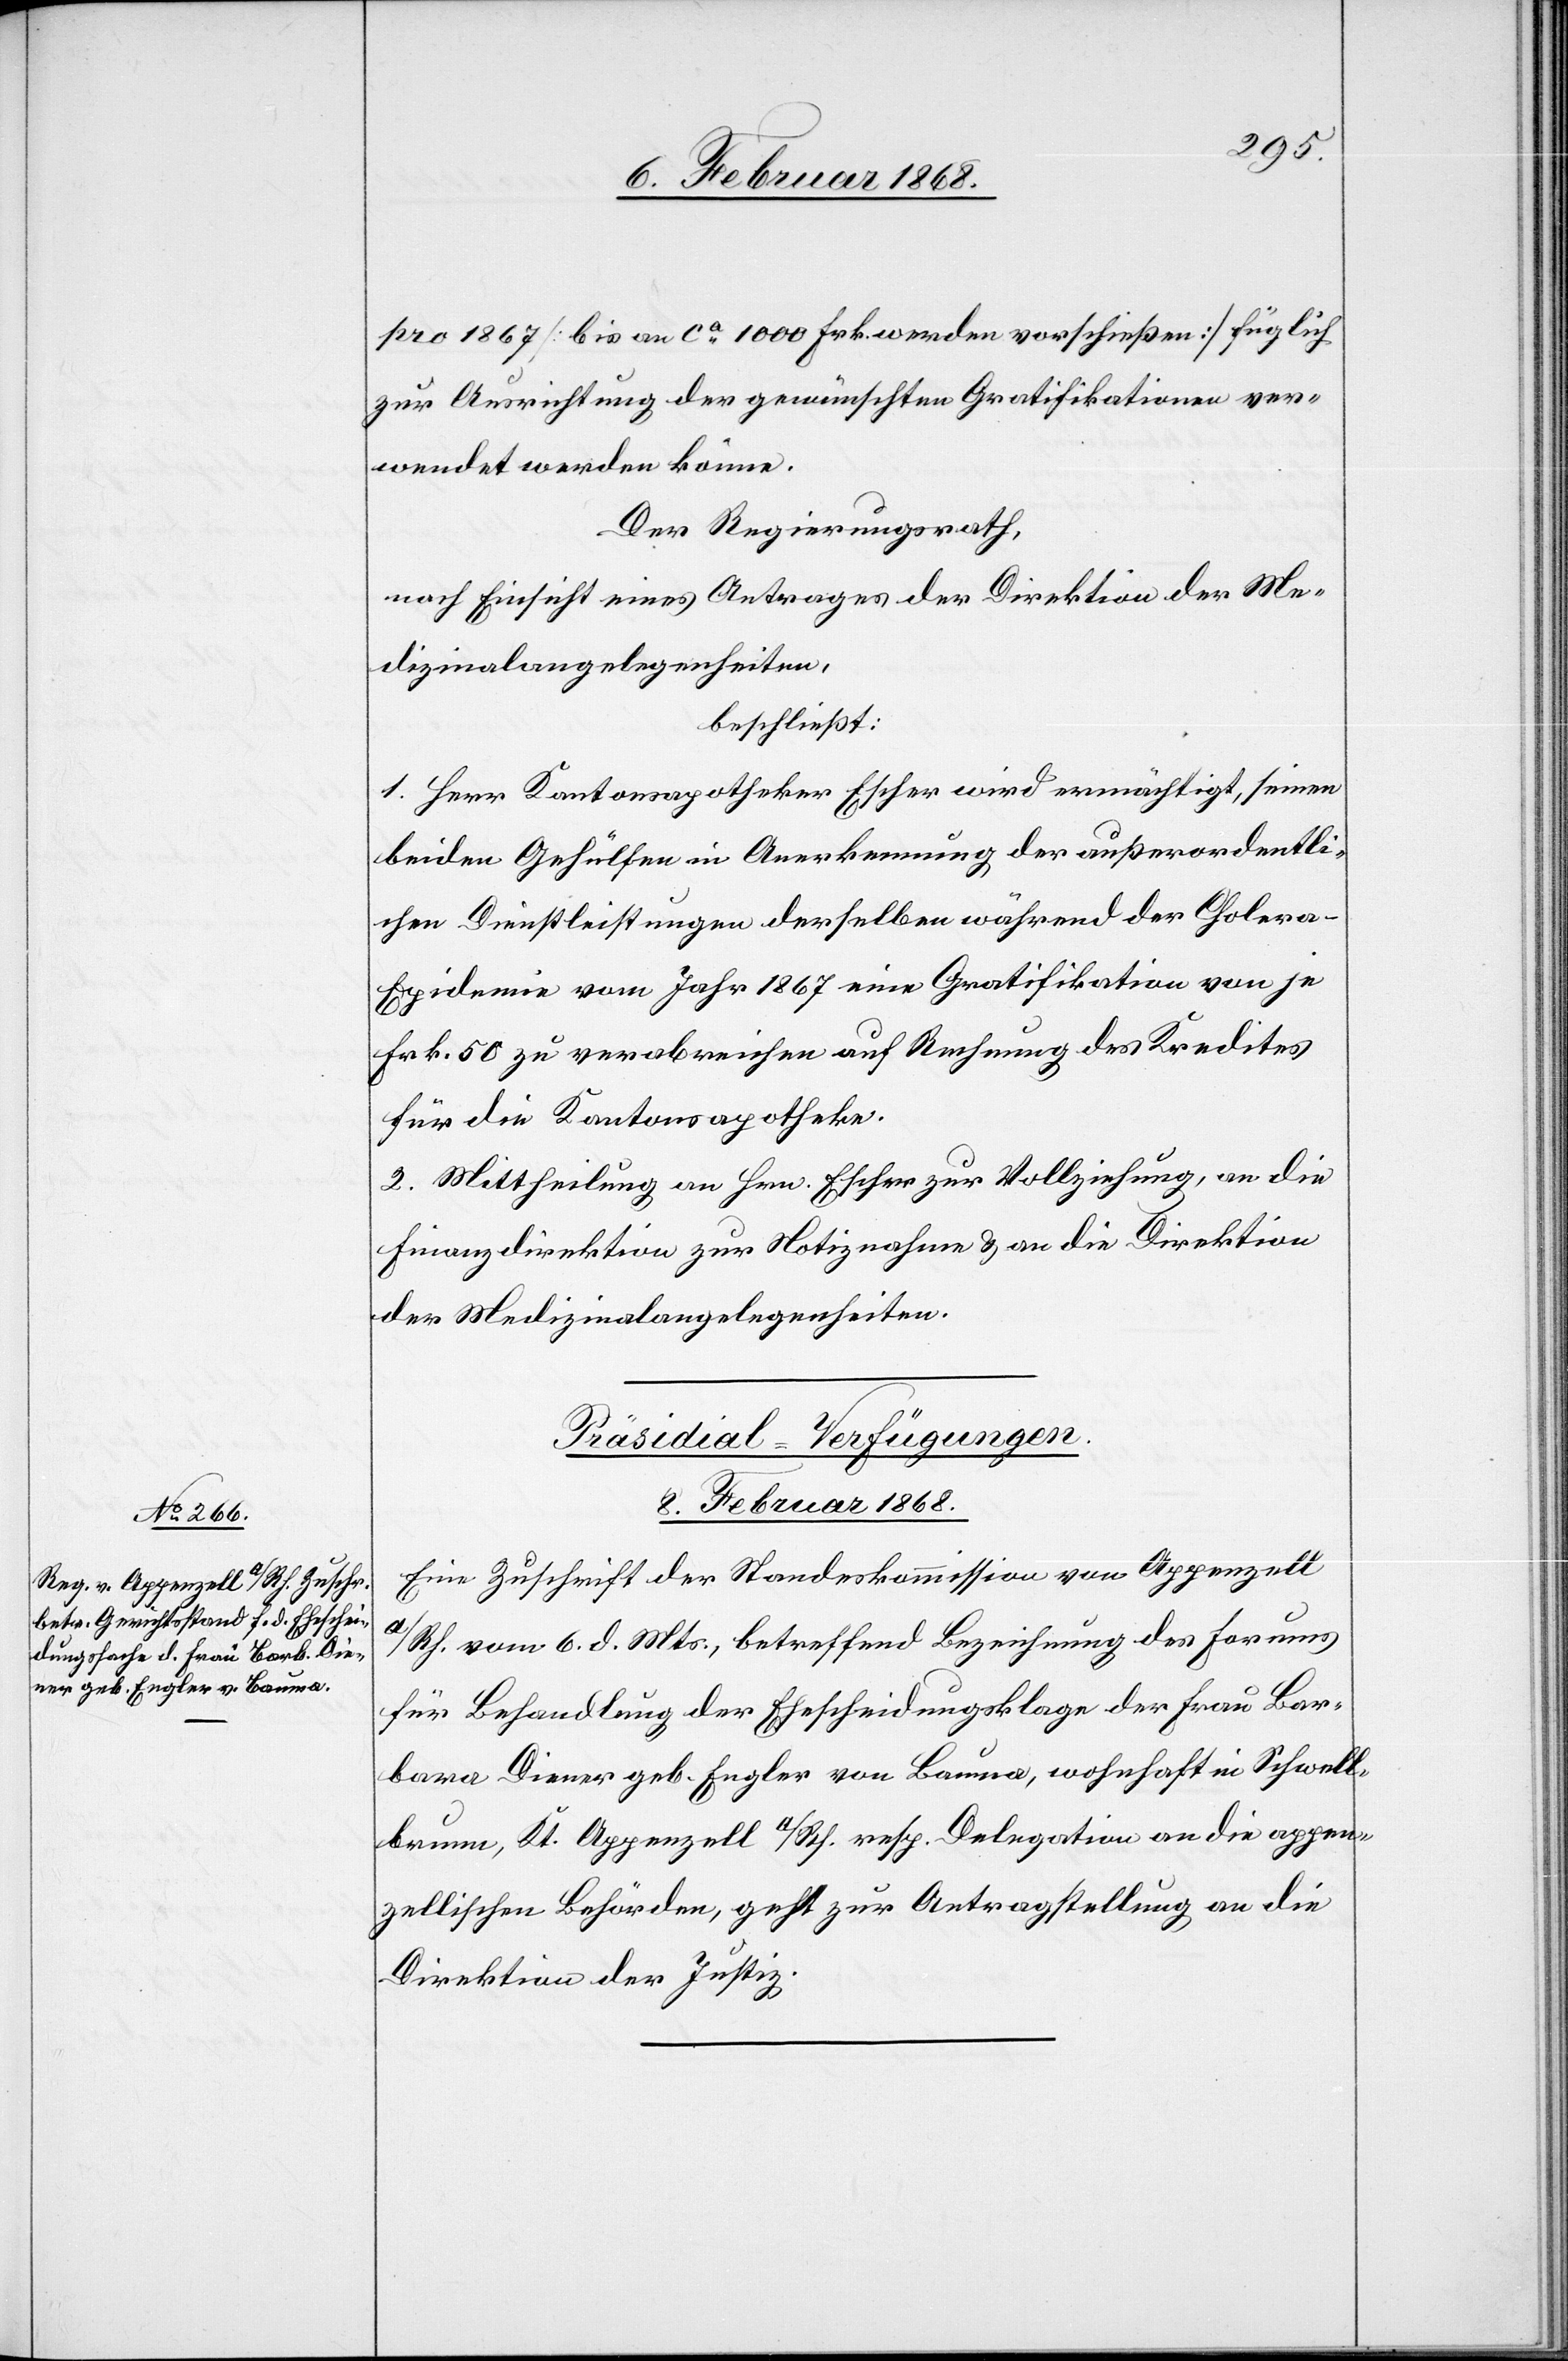
pro 1867 [bis an ca. 1000 Frk. werden vorschießen] füglich
zur Ausrichtung der gewünschten Gratifikationen ver¬
wendet werden könne.
Der Regierungsrath,
nach Einsicht eines Antrages der Direktion der Me¬
dizinalangelegenheiten,
beschließt:
1. Herr Kantonsapotheker Escher wird ermächtigt, seinen
beiden Gehülfen in Anerkennung der außerordentli¬
chen Dienstleistungen derselben während der Choler¬
a-Epidemie vom Jahr 1867 eine Gratifikation von je
Frk. 50 zu verabreichen auf Rechnung des Kredites
für die Kantonsapotheke.
2. Mittheilung an Hrn. Escher zur Vollziehung, an die
Finanzdirektion zur Notiznahme & an die Direktion
der Medizinalangelegenheiten.
Präsidial-Verfügungen.
8. Februar 1868.
Eine Zuschrift der Standeskommission von Appenzell
A/Rh. vom 6. d. Mts., betreffend Bezeichnung des Forums
für Behandlung der Ehescheidungsklage der Frau Bar¬
bara Diener geb. Engler von Bauma, wohnhaft in Schwell¬
brunn, Kt. Appenzell A/Rh. resp. Delegation an die appen¬
zellischen Behörden, geht zur Antragstellung an die
Direktion der Justiz.